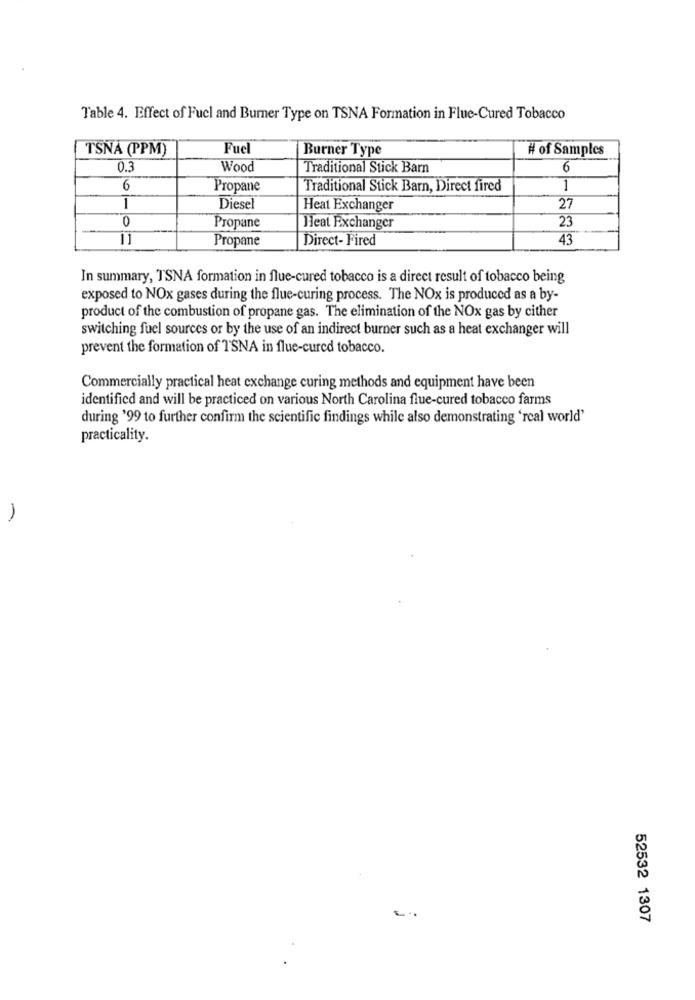
Table 4. Effect of Fuel and Burner Type on TSNA Formation in Flue-Cured Tobacco
TSNA (PPM)
Fuel
Burner Type
# of Samples
0.3
Wood
Traditional Stick Barn
6
6
Propane
Traditional Stick Barn, Direct fired
1
1
Diesel
Heat Exchanger
27
0
23
Propane
Heat Exchanger
11
Propane
Direct- Fired
43
In summary, TSNA formation in flue-cured tobacco is a direct result of tobacco being
exposed to NOx gases during the flue-curing process. The NOx is produced as a by-
product of the combustion of propane gas. The elimination of the NOx gas by cither
switching fuel sources or by the use of an indirect burner such as a heat exchanger will
prevent the formation of TSNA in flue-cured tobacco.
Commercially practical heat exchange curing methods and equipment have been
identified and will be practiced on various North Carolina flue-cured tobacco farms
during '99 to further confirm the scientific findings while also demonstrating 'real world'
practicality.
52532 1307